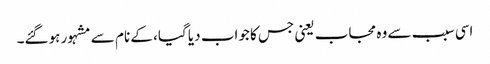
اسی سبب سے وہ مجاب یعنی جس کا جواب دیا گیا، کے نام سے مشہور ہوگئے۔